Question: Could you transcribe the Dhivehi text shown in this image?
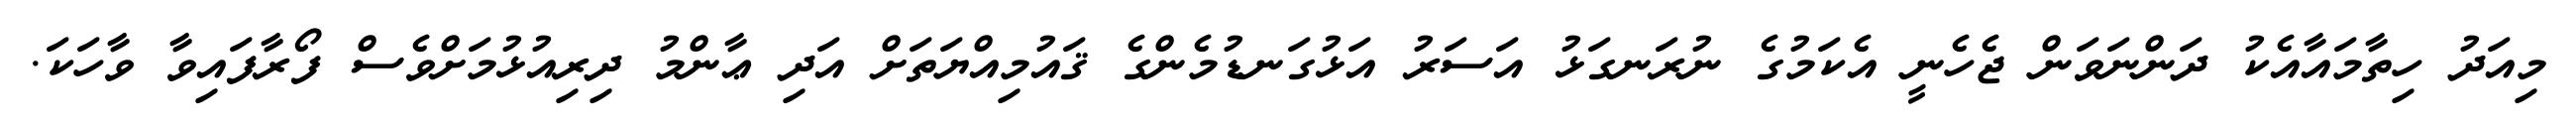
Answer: މިއަދު ހިތާމައާއެކު ދަންނަވަން ޖެހެނީ އެކަމުގެ ނުރަނގަޅު އަސަރު އަޅުގަނޑުމެންގެ ޤައުމިއްޔަތަށް އަދި ޢާންމު ދިރިއުޅުމަށްވެސް ފޯރާފައިވާ ވާހަކަ.